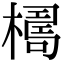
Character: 𣚑